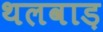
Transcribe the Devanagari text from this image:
थलवाड़